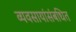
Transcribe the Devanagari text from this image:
व्यवसायांसंबधित